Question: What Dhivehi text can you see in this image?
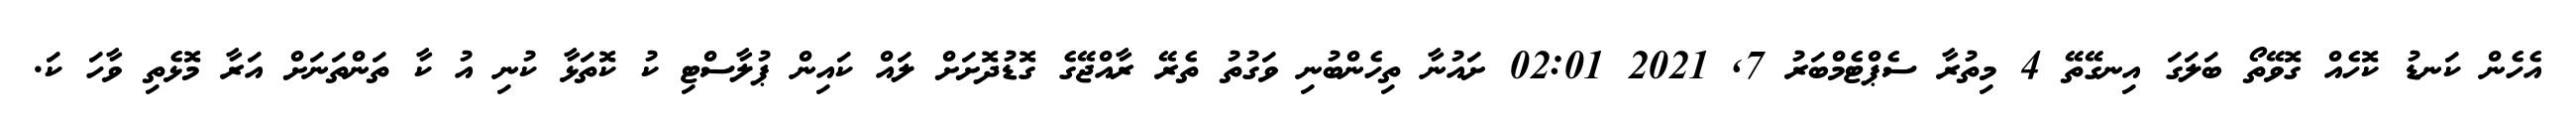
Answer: އެހެން ކަނޑު ކޮހެއް ގޮވޭތޯ ބަލަގަ އިނގޭތޭ 4 މިތުރާ ސެޕްޓެމްބަރު 7, 2021 02:01 ށައުނާ ތިހެންބުނި ވަގުތު ތެރޭ ރާއްޖޭގެ ގޮޑުދޮށަށް ލައް ކައިން ޕުލާސްޓި ކު ކޮތަޅާ ކުނި އު ކާ ތަންތަނަށް އަރާ މޮޅެތި ވާހަ ކަ.